system: You are a helpful assistant.
user:
Analyze the provided spectrum to determine if it is a **S-type Star**.

- **Key Indicators for S-type Star:**

    - **(Overall Spectrum Shape):** The first and most obvious characteristic is the overall continuum (the "baseline" shape). It is **extremely "red-sloping,"** meaning the flux (light intensity) is very low on the left side (blue, ~4000-4500 Å) and rises steeply and continuously toward the right side (red, ~7000 Å+).

    - **(Primary):** The spectrum is defined by the presence of strong, broad molecular absorption "valleys" (bands) from **Zirconium Oxide (ZrO)**. The identification of these bands is the **primary requirement** for classifying a star as S-type.
        - **(Key Bandheads):** You must find distinct, deep "dips" where the light has been absorbed. The most critical band systems to locate are:
            - **~6474 Å** ($\gamma$-system): This is often the strongest and clearest ZrO feature, found in the red part of the spectrum.
            - **~5718 Å** & **~5551 Å** ($\beta$-system): A pair of prominent absorption features in the yellow-orange part of the spectrum.
            - **~4640 Å** ($\alpha$-system): A key absorption band system in the blue-green region of the spectrum.

    - **(Secondary Confirmation):** The classification is strengthened by finding additional absorption bands from other related heavy element oxides, which are expected to be present alongside ZrO.
        - **(Key Bandheads):**
            - **Yttrium Oxide (YO):** Look for absorption dips near **~4800 Å** and **~6100 Å**.
            - **Lanthanum Oxide (LaO):** Additional absorption features, particularly in the red-orange part of the spectrum, are also characteristic.

    - **(Line Profile):** The combination of the steep red continuum and these numerous, deep molecular bands (ZrO, YO, etc.) gives the entire spectrum a very **"chopped-up"** or **"bumpy"** appearance. Instead of a smooth curve, the spectrum looks as though large, wide chunks of light have been "carved out" of it at the specific wavelengths listed above.

Think first, call **spectral_visualization_tool** if needed to examine features in detail, then provide your final answer. Your response must adhere to the following strict rules:
1.  **Overall Structure:** Your response must follow the format `<think>...</think> <tool_call>...</tool_call> (if a tool is used) <answer>...</answer>`.
2.  **Tool Usage Constraint:** You may only make **one** tool call per turn.
3.  **Final Answer Format:** In the `<answer>` tag, your conclusion must be inside a `\boxed{}` command (e.g., `\boxed{YES}` or `\boxed{NO}`), followed by your justification.

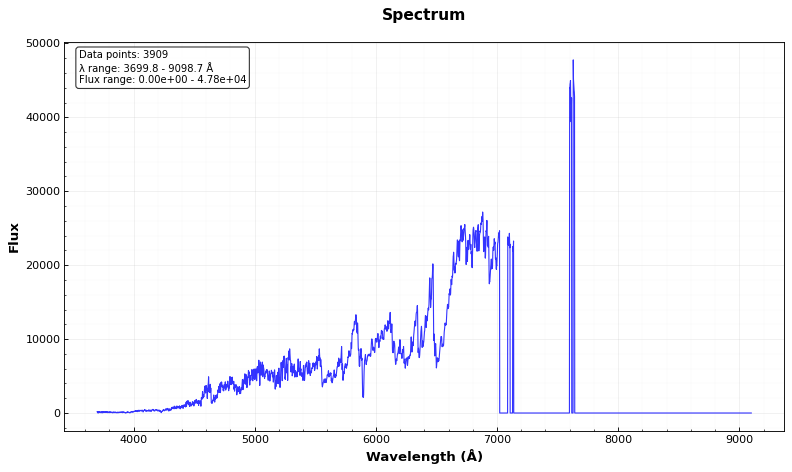
Answer: YES